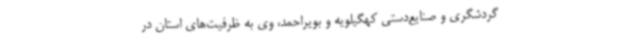
گردشگری و صنایع‌دستی کهگیلویه و بویراحمد، وی به ظرفیت‌های استان در